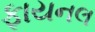
ફાયનલ